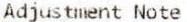
ADJUSTMENT NOTE